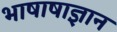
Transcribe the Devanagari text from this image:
भाषाषाज्ञान